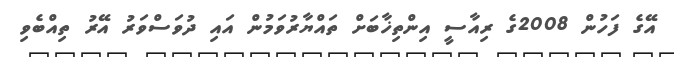
އޭގެ ފަހުން 2008ގެ ރިއާސީ އިންތިޚާބަށް ތައްޔާރުވަމުން އައި ދުވަސްވަރު އޭރު ތިއްބެވި